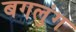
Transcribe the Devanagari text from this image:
बगलुंग